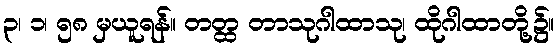
၃၊ ၁၊ ၅၈ မှယူရန်။ တတ္ထ တာသုဂါထာသု၊ ထိုဂါထာတို့၌။